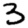
Digit: 3